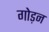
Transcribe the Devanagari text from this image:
गोड़न